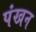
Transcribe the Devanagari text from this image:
पंखन